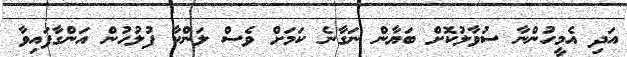
އަދި އެމީހުންނާ ސުވާލުކޮށް ބަޔާން ނަގާނެ ކަމަށް ވެސް ލަންކާ ފުލުހުން އަންގާފައިވާ